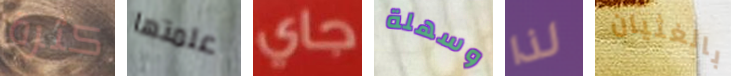
كثرة علمتها جاي وسهلة لذا بالغثيان